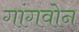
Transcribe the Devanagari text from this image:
गांगवोन